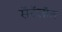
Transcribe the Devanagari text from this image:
सॅटॅलॉल